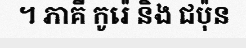
។ ភាគី កូរ៉េ និង ជប៉ុន